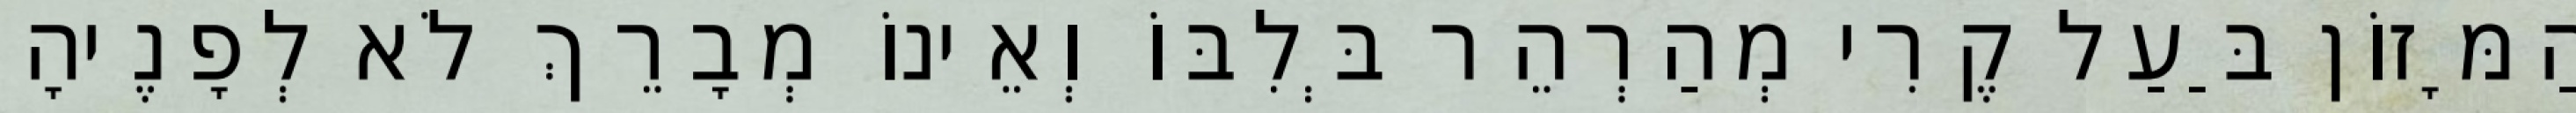
הַמָּזוֹן בַּעַל קֶרִי מְהַרְהֵר בְּלִבּוֹ וְאֵינוֹ מְבָרֵךְ לֹא לְפָנֶיהָ